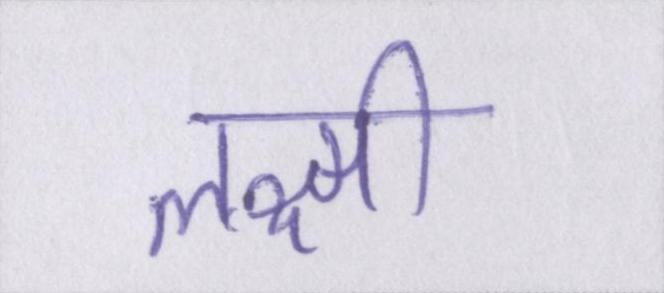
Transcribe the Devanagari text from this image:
लक्ष्मी